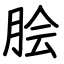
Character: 脍